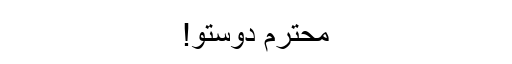
محترم دوستو!